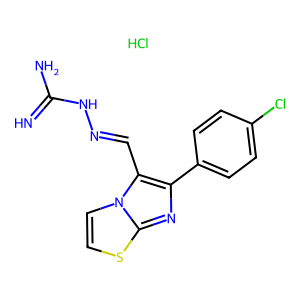
SMILES: Cl.N=C(N)NN=Cc1c(-c2ccc(Cl)cc2)nc2sccn12
Inhibits HIV replication: No